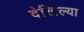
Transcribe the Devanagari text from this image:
देखिल्या